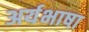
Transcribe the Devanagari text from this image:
अर्यभाषा